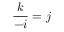
{ \frac { k } { - i } } = j